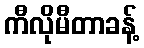
ကီလိုမီတာခန့်